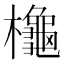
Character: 櫷